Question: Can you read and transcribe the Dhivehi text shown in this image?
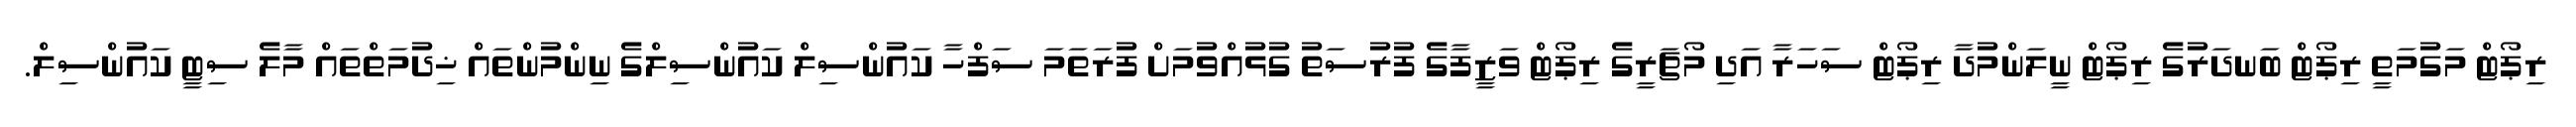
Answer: ރިޕޯޓް މަގުމަތީ ރިޕޯޓް ބަނދަރުގެ ރިޕޯޓް ނީލަންމުދާ ރިޕޯޓް ސަހަރާ އަދި މޯޗަރީގެ ރިޕޯޓް ވަޒީފާގެ ފުރުސަތު ގުޅުއްވުމަށް ފުރަތަމަ ސަފްހާ ކައުންސިލް ކައުންސިލްގެ ނިންމުންތައް ޚިދުމަތްތައް މާލެ ސިޓީ ކައުންސިލް.